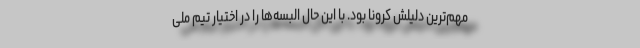
مهم‌ترین دلیلش کرونا بود. با این حال البسه‌ها را در اختیار تیم ملی